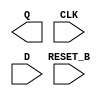
module sky130_fd_sc_hvl__dfrtp (
    Q      ,
    CLK    ,
    D      ,
    RESET_B
);

    output Q      ;
    input  CLK    ;
    input  D      ;
    input  RESET_B;

    // Voltage supply signals
    supply1 VPWR;
    supply0 VGND;
    supply1 VPB ;
    supply0 VNB ;

endmodule